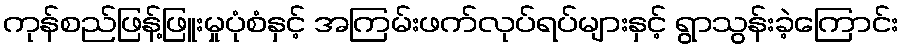
ကုန်စည်ဖြန့်ဖြူးမှုပုံစံနှင့် အကြမ်းဖက်လုပ်ရပ်များနှင့် ရွာသွန်းခဲ့ကြောင်း